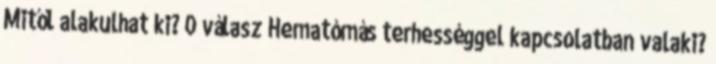
Mitől alakulhat ki? 0 válasz Hematómás terhességgel kapcsolatban valaki?